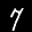
Label: 7